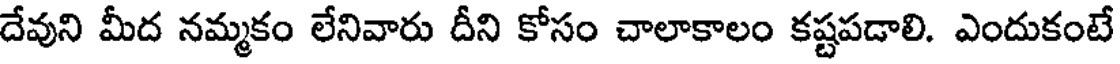
దేవుని మీద నమ్మకం లేనివారు దీని కోసం చాలాకాలం కష్టపడాలి. ఎందుకంటే